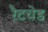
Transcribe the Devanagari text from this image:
रैटचेड